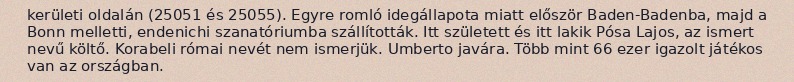
kerületi oldalán (25051 és 25055). Egyre romló idegállapota miatt először Baden-Badenba, majd a Bonn melletti, endenichi szanatóriumba szállították. Itt született és itt lakik Pósa Lajos, az ismert nevű költő. Korabeli római nevét nem ismerjük. Umberto javára. Több mint 66 ezer igazolt játékos van az országban.